Statistical return of the lunatic asylum in Assam - 1912-1932
Year: 1912
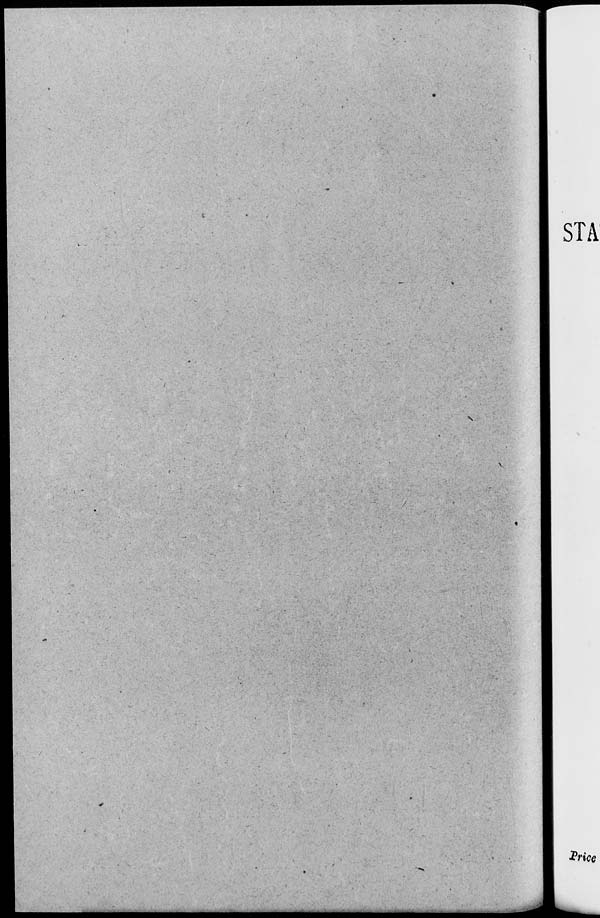
STA
2?rice